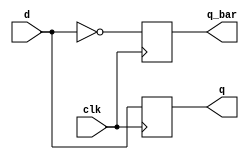
module d_flip_flop (d, clk, q, q_bar); // All possible input/output ports

   input  wire d, clk;          // Only the inputs (D, CLK)
   output wire q, q_bar;        // Only the outputs (Q, not(Q))
   reg         q;               // Inner register to store info
   reg         q_bar;

   always @ (posedge clk)       // Always at the positive edge of the clock
     begin
        q     <= d;             // Assigns Q with D and not(Q) with not(D)
        q_bar <= !d;            // (that's the function of the D flip-flot)
                                // `<=` is delayed assignment
                                // It doesnt work until next cycle, which
                                // effectively describes a D flip-flop
     end

endmodule